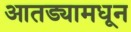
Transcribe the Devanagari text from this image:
आतड्यामधून